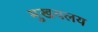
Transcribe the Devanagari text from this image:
मुखयलय